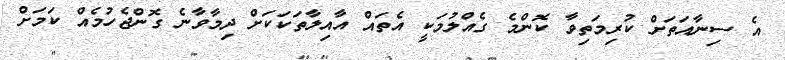
އެ ސިނާއަތަށް ކުރިމަތިވާ ކޮންމެ ގެއްލުމަކީ އެތައް އާއިލާތަކަކަށް ދިމާވާނެ ގޮންޖެހުމެއް ކަމަށް